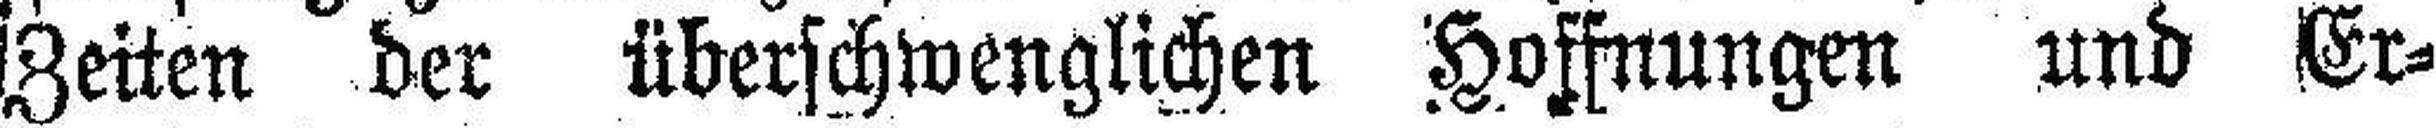
Zeiten der überschwenglichen Hoffnungen und Er¬